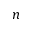
n